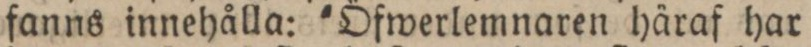
fanns innehålla: 'Öfwerlemnaren häraf har